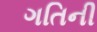
ગતિની